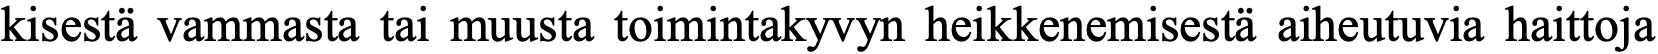
kisestä vammasta tai muusta toimintakyvyn heikkenemisestä aiheutuvia haittoja